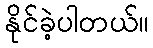
နိုင်ခဲ့ပါတယ်။